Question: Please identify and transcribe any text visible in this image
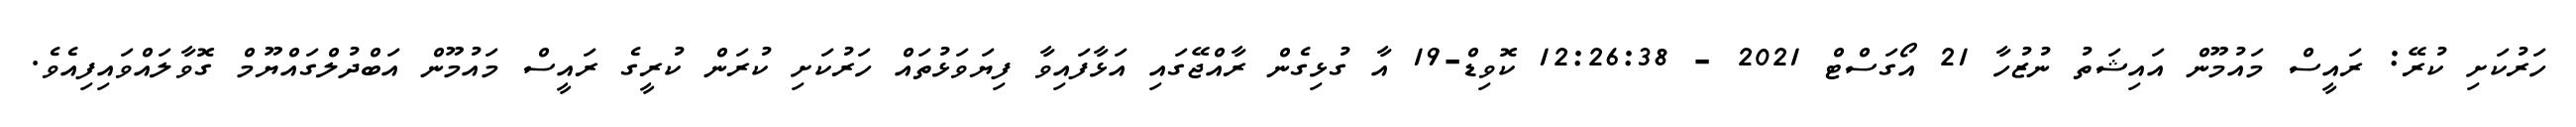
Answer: ހަރުކަށި ކުރޭ: ރައީސް މައުމޫން އައިޝަތު ނުޒުހާ 21 އޯގަސްޓް 2021 - 12:26:38 ކޮވިޑް-19 އާ ގުޅިގެން ރާއްޖޭގައި އަޅާފައިވާ ފިޔަވަޅުތައް ހަރުކަށި ކުރަން ކުރީގެ ރައީސް މައުމޫން އަބްދުލްގައްޔޫމް ގޮވާލައްވައިފިއެވެ.